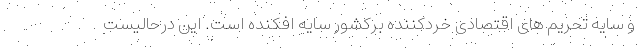
و سایه تحریم های اقتصادی خردکننده برکشور سایه افکنده است. این درحالیست